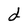
Character: d